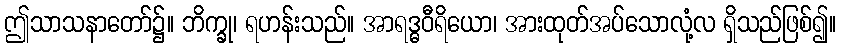
ဤသာသနာတော်၌။ ဘိက္ခု၊ ရဟန်းသည်။ အာရဒ္ဓဝီရိယော၊ အားထုတ်အပ်သောလုံ့လ ရှိသည်ဖြစ်၍။